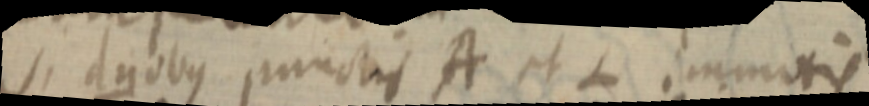
si duobus punctis A et L immotis